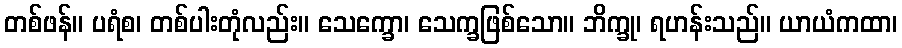
တစ်ဖန်။ ပရံစ၊ တစ်ပါးတုံလည်း။ သေက္ခော၊ သေက္ခဖြစ်သော။ ဘိက္ခု၊ ရဟန်းသည်။ ယာယံကထာ၊